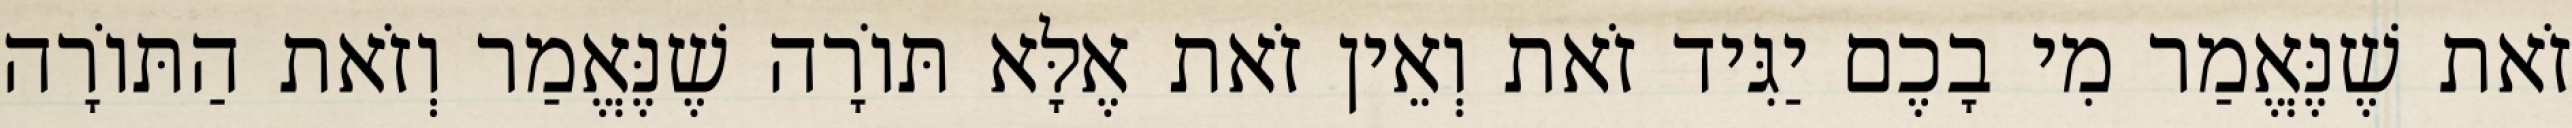
זֹאת שֶׁנֶּאֱמַר מִי בָכֶם יַגִּיד זֹאת וְאֵין זֹאת אֶלָּא תּוֹרָה שֶׁנֶּאֱמַר וְזֹאת הַתּוֹרָה